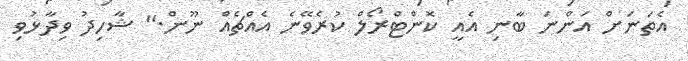
އެތަނަށް އަންނަ ބާނި އެއީ ކޮންޓްރޯލް ކުރެވޭނެ އެއްޗެއް ނޫން." ޝާހިދު ވިދާޅުވި